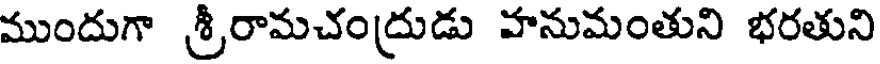
ముందుగా శ్రీరామచంద్రుడు హనుమంతుని భరతుని